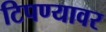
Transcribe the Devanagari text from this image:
टिपण्यावर